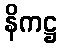
နိကဋ္ဌ